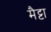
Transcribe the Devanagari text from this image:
मैट्टा